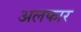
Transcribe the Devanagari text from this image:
अलफार